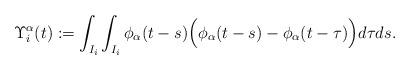
LaTeX: \begin{align*}\Upsilon_i^\alpha(t):=\int_{I_i}\int_{I_i} \phi_\alpha(t-s)\Big( \phi_\alpha(t-s)-\phi_\alpha(t-\tau) \Big) d\tau ds.\end{align*}